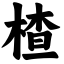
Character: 楂